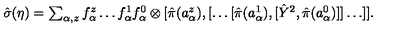
\textstyle \hat { \sigma } ( \eta ) = \sum _ { \alpha , z } f _ { \alpha } ^ { z } \dots f _ { \alpha } ^ { 1 } f _ { \alpha } ^ { 0 } \otimes [ \hat { \pi } ( a _ { \alpha } ^ { z } ) , [ \dots [ \hat { \pi } ( a _ { \alpha } ^ { 1 } ) , [ \hat { Y } ^ { 2 } , \hat { \pi } ( a _ { \alpha } ^ { 0 } ) ] ] \dots ] ] .